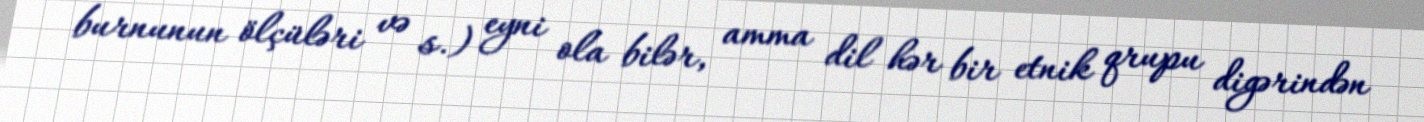
burnunun ölçüləri və s.) eyni ola bilər, amma dil hər bir etnik qrupu digərindən